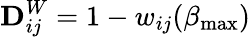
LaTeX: \mathbf{D}_{ij}^{W}=1-w_{ij}(\beta_{\operatorname*{max}})